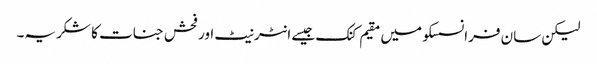
لیکن سان فرانسسکو میں مقیم کنک جیسے انٹرنیٹ اور فحش جنات کا شکریہ۔